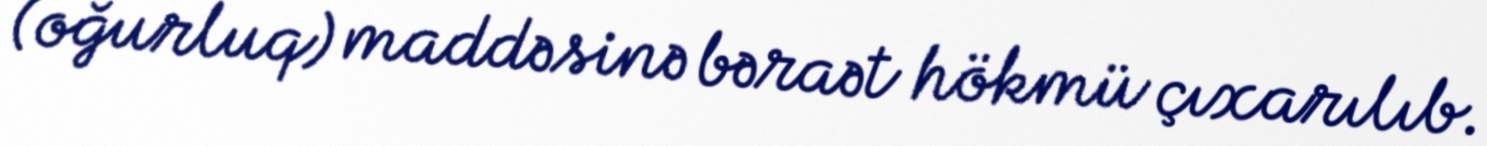
(oğurluq) maddəsinə bəraət hökmü çıxarılıb.